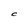
Character: C